画像に写った文字を読んでください
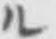
「ル」と書いてあります